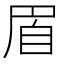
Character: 𦤋